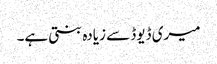
میری ڈیوڈ سے زیادہ بنتی ہے۔